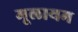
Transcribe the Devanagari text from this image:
मूलायम